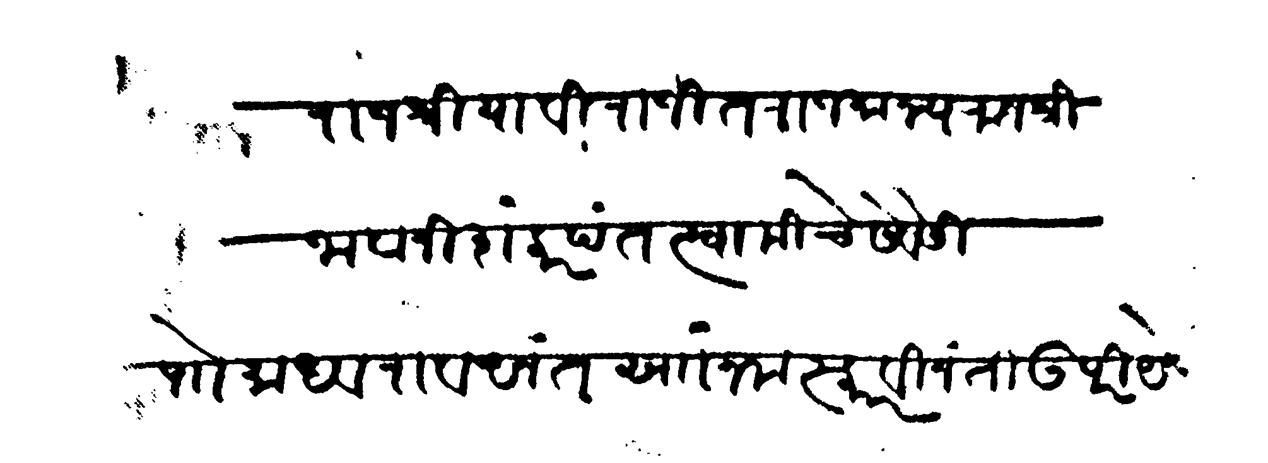
Transliteration (Devanagari): राजश्रिया विराजित राजमान्य राजश्री भवानी शंकर पंत स्वामीचे सेवेसी पाो माधवराव अनंत सां नमस्कार विनंती उपरी येथील